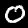
Label: 0